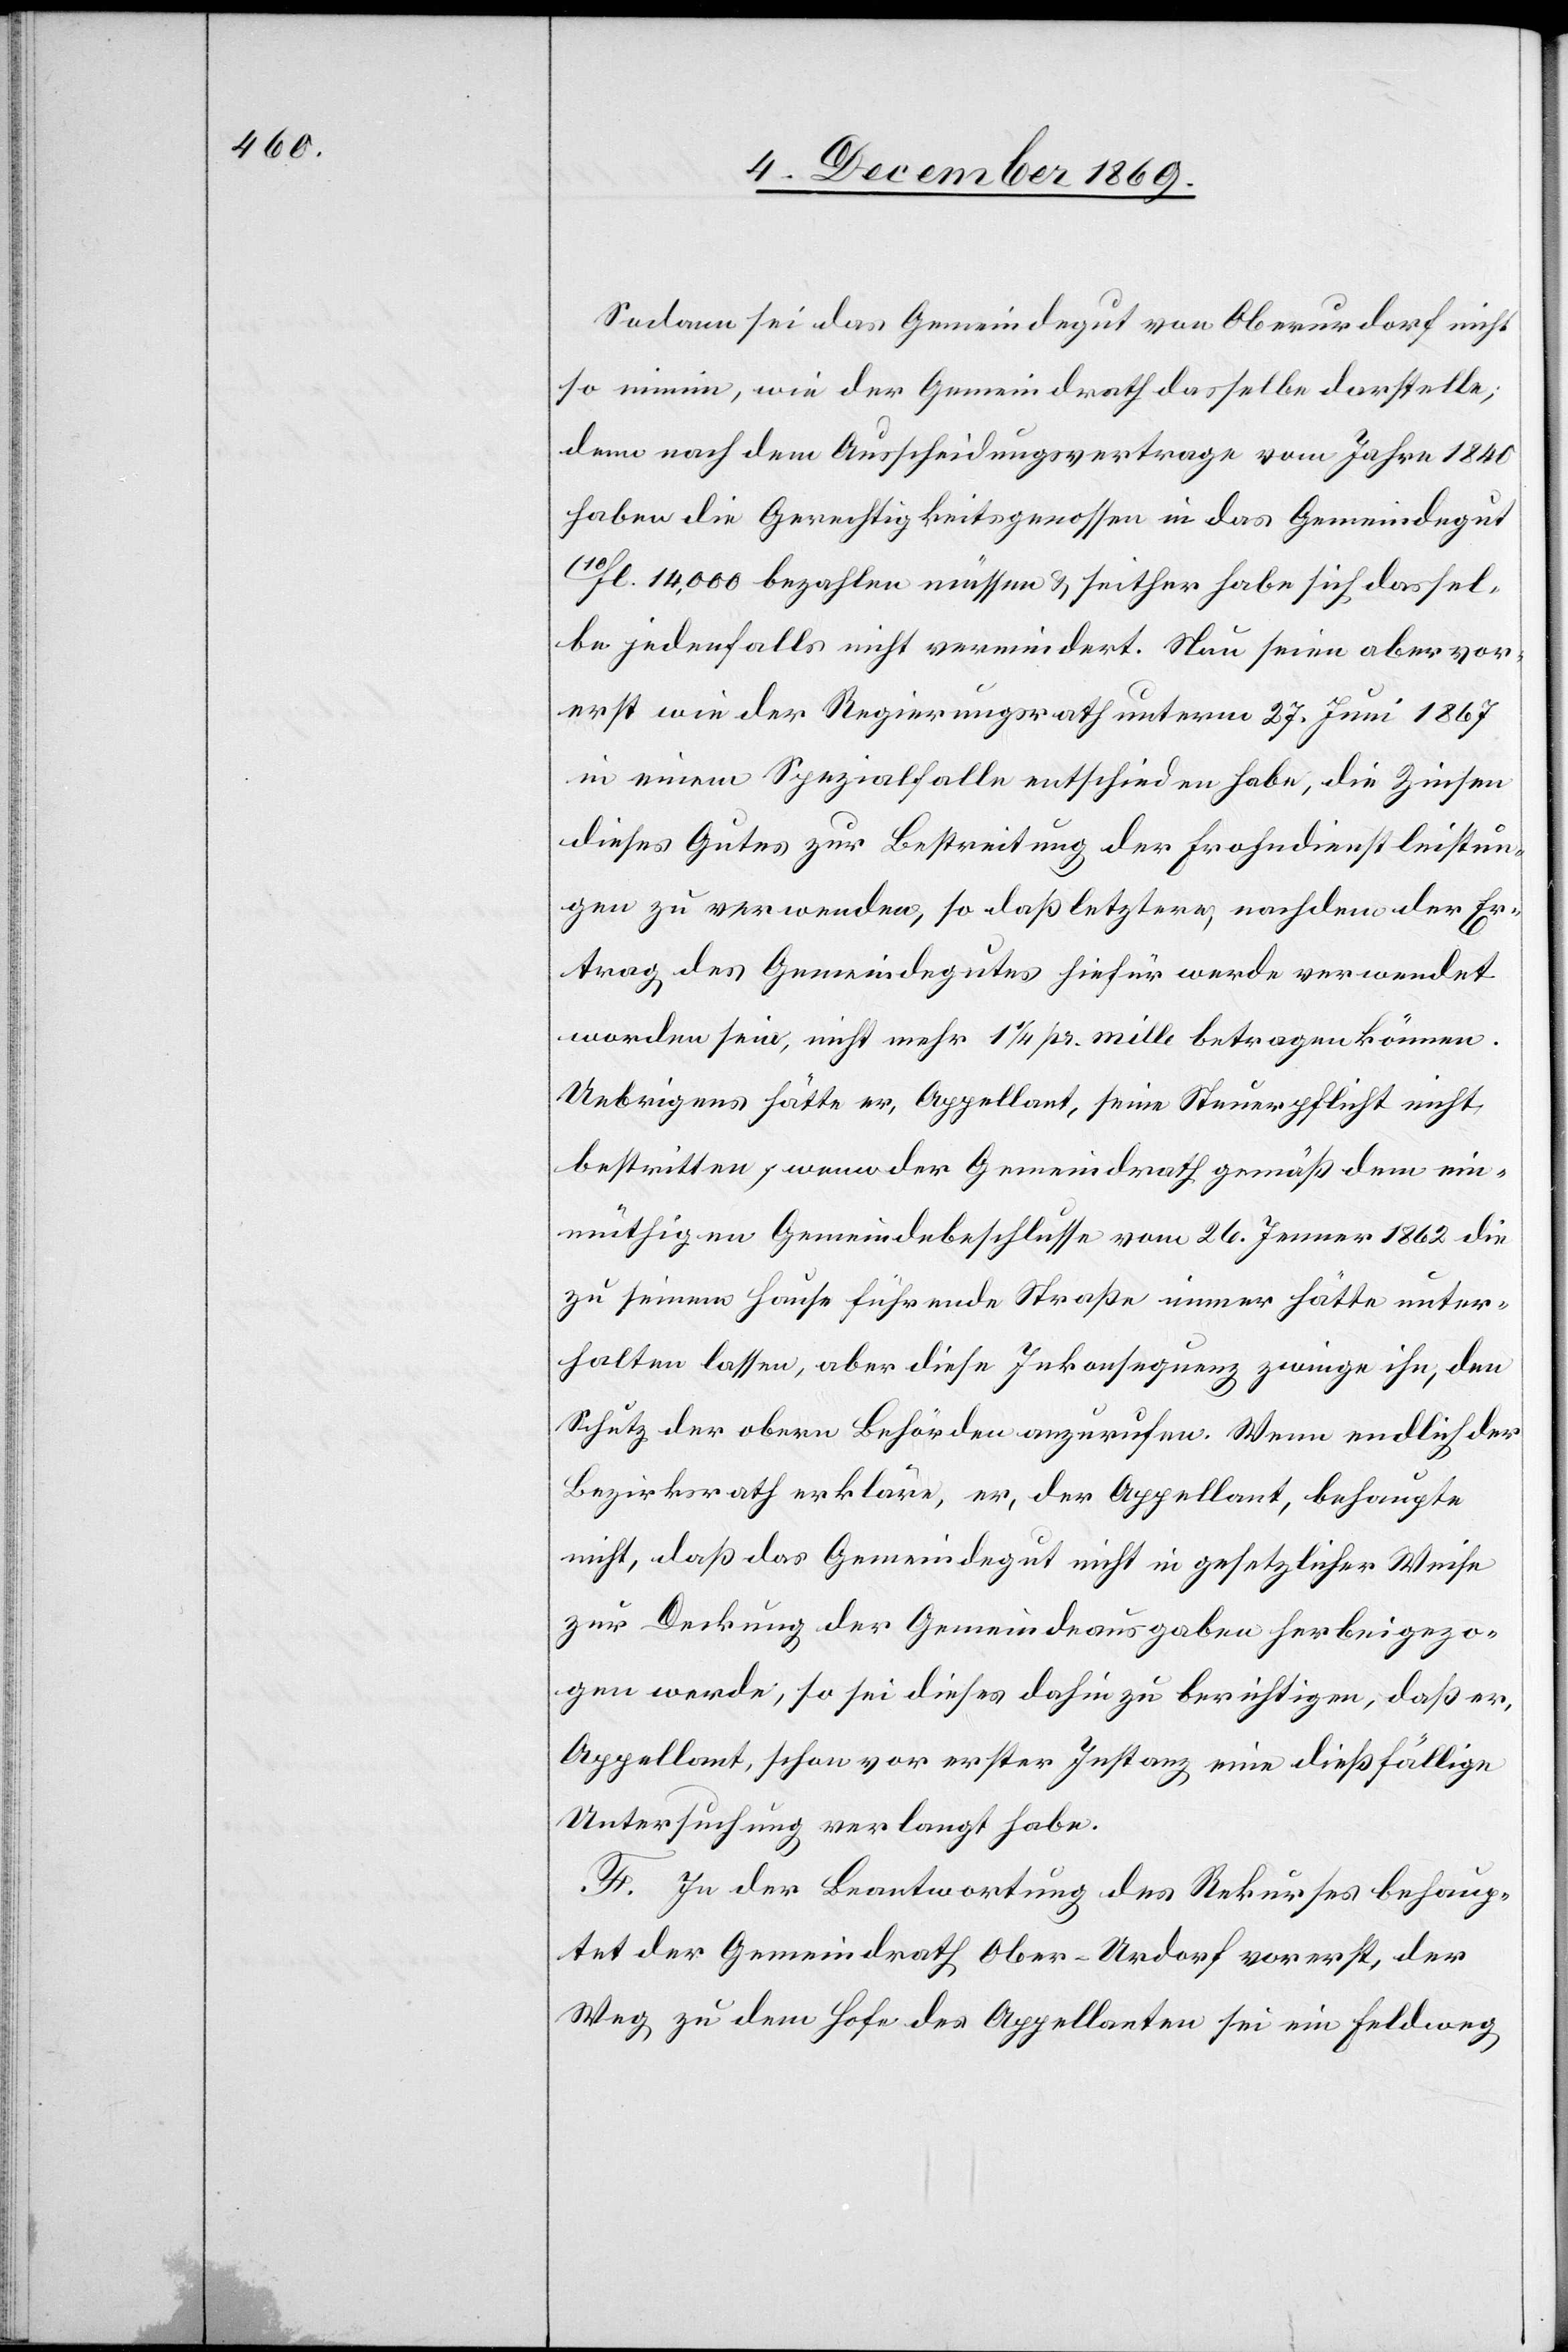
Sodann sei das Gemeindegut von Oberurdorf nicht
so minim, wie der Gemeindrath dasselbe darstelle;
denn nach dem Ausscheidungsvertrage vom Jahre 1840
haben die Gerechtigkeitsgenossen in das Gemeindegut
10fl. 14,000 bezahlen müssen & seither habe sich dassel¬
be jedenfalls nicht vermindert. Nun seien aber vor¬
erst wie der Regierungsrath unterm 27. Juni 1867
in einem Spezialfalle entschieden habe, die Zinsen
dieses Gutes zur Bestreitung der Frohndienstleistun¬
gen zu verwenden, so daß letztere, nachdem der Er¬
trag des Gemeindegutes hiefür werde verwendet
worden sein, nicht mehr 1 1/4 pr. mille betragen können.
Uebrigens hätte er, Appellant, seine Steuerpflicht nicht
bestritten, wenn der Gemeindrath gemäß dem ein¬
müthigen Gemeindebeschlusse vom 26. Jenner 1862 die
zu seinem Hause führende Straße immer hätte unter¬
halten lassen, aber diese Inkonsequenz zwinge ihn, den
Schutz der obern Behörden anzurufen. Wenn endlich der
Bezirksrath erkläre, er, der Appellant, behaupte
nicht, daß das Gemeindegut nicht in gesetzlicher Weise
zur Deckung der Gemeindeausgaben herbeigezo¬
gen werde, so sei dieses dahin zu berichtigen, daß er,
Appellant, schon vor erster Instanz eine dießfällige
Untersuchung verlangt habe.
F. In der Beantwortung des Rekurses behaup¬
tet der Gemeindrath Ober-Urdorf vorerst, der
Weg zu dem Hofe des Appellanten sei ein Feldweg